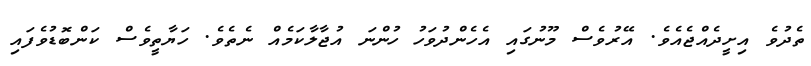
ތެދުވެ އިށީދެއްޖެއެވެ. އޭރުވެސް މޫނުގައި އެހެންދުވަހު ހުންނަ އުޖާލާކަމެއް ނެތެވެ. ހަޔާތީވެސް ކަންބޮޑުވެފައި